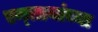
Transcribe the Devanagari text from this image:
एन्लायांच्या